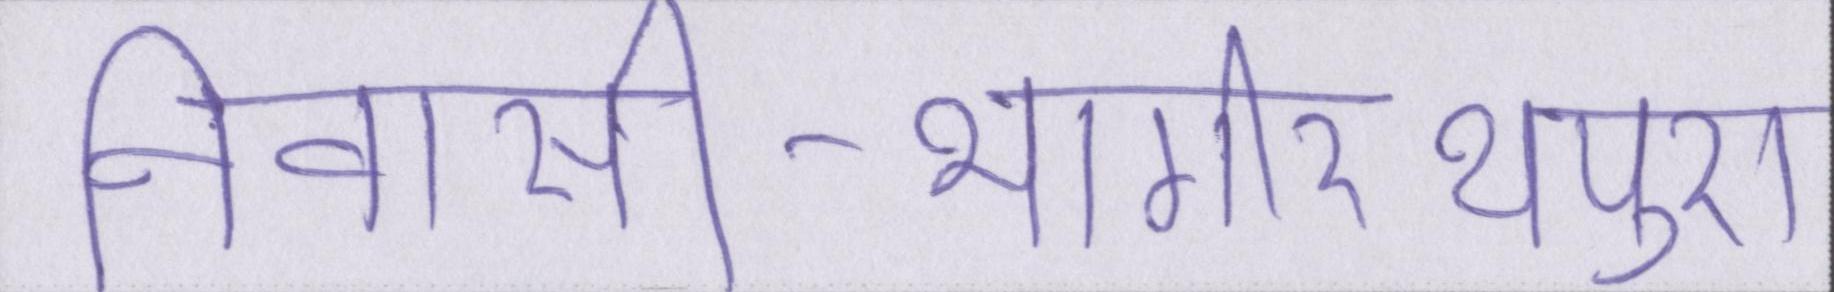
निवासी-भागीरथपुरा